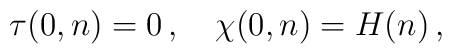
\tau(0,n)=0 \,, \quad \chi(0,n)=H(n)\,,